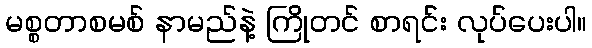
မစ္စတာစမစ် နာမည်နဲ့ ကြိုတင် စာရင်း လုပ်ပေးပါ။